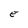
Character: E